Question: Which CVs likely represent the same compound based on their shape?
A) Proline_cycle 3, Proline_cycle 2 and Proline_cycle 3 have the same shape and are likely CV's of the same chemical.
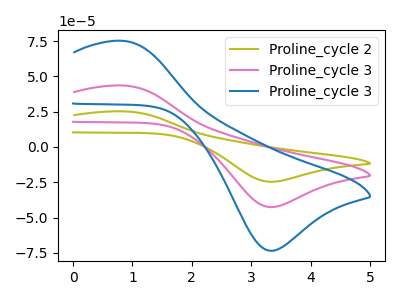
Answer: <think>The olive curve "Proline_cycle 2" has an anodic peak at (0.80V, 87.15uA) and a cathodic peak at (3.30V, -85.20uA). The pink curve "Proline_cycle 3" has an anodic peak at (0.80V, 43.55uA) and a cathodic peak at (3.30V, -42.60uA). The blue curve "Proline_cycle 3" has an anodic peak at (0.80V, 75.20uA) and a cathodic peak at (3.30V, -73.50uA).
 All the peaks in "Proline_cycle 2" have a peak in "Proline_cycle 3" at the same potential. Every peak in "Proline_cycle 2" is higher than every peak in "Proline_cycle 3". All the peaks in "Proline_cycle 2" have a peak in "Proline_cycle 3" at the same potential. Every peak in "Proline_cycle 2" is higher than every peak in "Proline_cycle 3". All the peaks in "Proline_cycle 3" have a peak in "Proline_cycle 3" at the same potential. Every peak in "Proline_cycle 3" is lower than every peak in "Proline_cycle 3".</think>
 <answer>A) "Proline_cycle 3", "Proline_cycle 2" and "Proline_cycle 3" have the same shape and are likely CV's of the same chemical.</answer>
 <eval>A</eval>